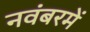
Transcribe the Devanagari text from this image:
नवंबरमें